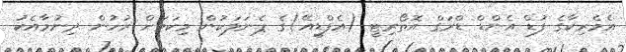
އެމެރިކާގެ ފުޑް އެންޑް ޑްރަގް އޮތޯރިޓީ (އެފްޑީއޭ)ގެ ޕެނަލަކުން މިކަމަށް ރުހުން ދިނުމާއެކު